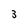
Character: 3